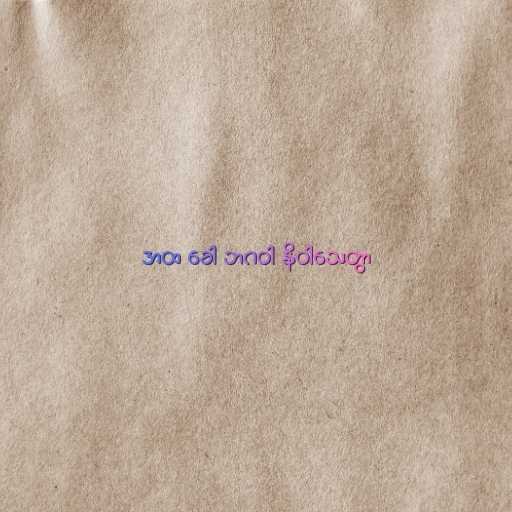
အထ ခေါ ဘဂဝါ နိဝါသေတွာ